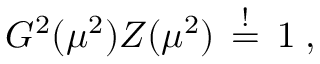
G ^ { 2 } ( \mu ^ { 2 } ) Z ( \mu ^ { 2 } ) \, \stackrel { ! } { = } \, 1 \; ,